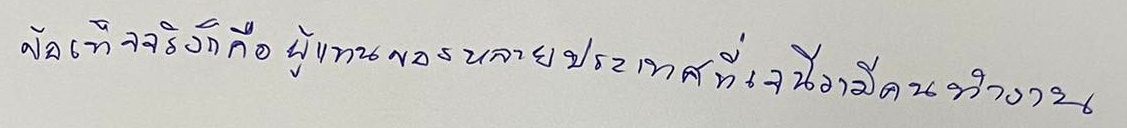
ข้อเท็จจริงก็คือผู้แทนของหลายประเทศที่เจนีวามีคนทำงาน